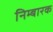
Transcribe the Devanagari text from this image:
निम्बारक